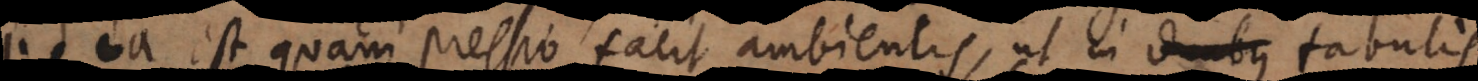
is ea est quam pressio facit ambientis, ut in duabus tabulis